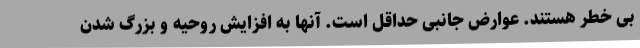
بی خطر هستند. عوارض جانبی حداقل است. آنها به افزایش روحیه و بزرگ شدن